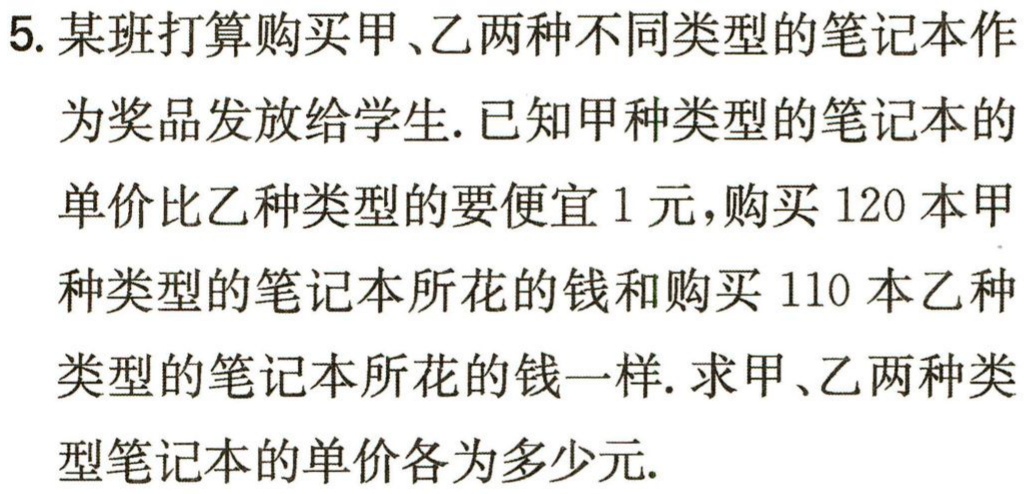
5. 某班打算购买甲、乙两种不同类型的笔记本作为奖品发放给学生. 已知甲种类型的笔记本的单价比乙种类型的要便宜1元，购买120本甲种类型的笔记本所花的钱和购买110本乙种类型的笔记本所花的钱一样. 求甲、乙两种类型笔记本的单价各为多少元.